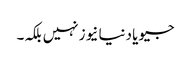
جیو یا دنیا نیوز نہیں بلکہ۔